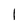
Character: 1